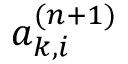
a _ { k , i } ^ { ( n + 1 ) }